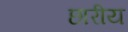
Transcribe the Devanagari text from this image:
छारीय